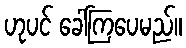
ဟုပင် ခေါ်ကြပေမည်။